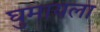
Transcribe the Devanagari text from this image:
घुमायला